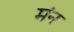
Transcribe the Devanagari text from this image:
मंन